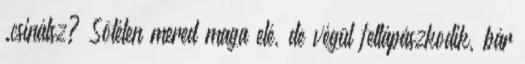
.csinálsz? Sötéten mered maga elé, de végül feltápászkodik, bár